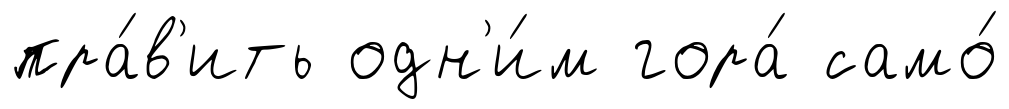
пра́в'ить одн'и́м гора́ само́